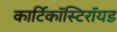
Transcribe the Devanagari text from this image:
कार्टिकॉस्टिरॉयड